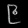
Digit: ၉